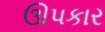
ઊપકાર